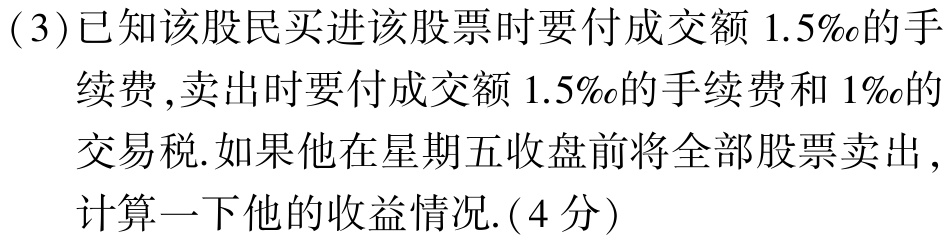
(3)已知该股民买进该股票时要付成交额 \(1.5‰\)的手
续费,卖出时要付成交额 \(1.5‰\)的手续费和 \(1‰\)的
交易税.如果他在星期五收盘前将全部股票卖出,
计算一下他的收益情况.(4分)